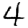
Digit: 4